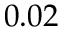
0 . 0 2